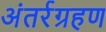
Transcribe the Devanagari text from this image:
अंतर्रग्रहण